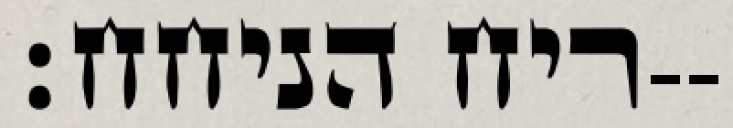
ריח הניחח׃--